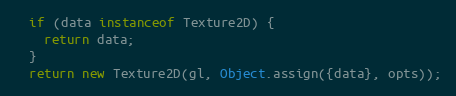
Language: JavaScript
  if (data instanceof Texture2D) {
    return data;
  }
  return new Texture2D(gl, Object.assign({data}, opts));